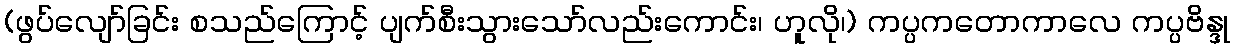
(ဖွပ်လျော်ခြင်း စသည်ကြောင့် ပျက်စီးသွားသော်လည်းကောင်း၊ ဟူလို၊) ကပ္ပကတောကာလေ ကပ္ပဗိန္ဒု